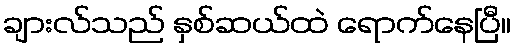
ချားလ်သည် နှစ်ဆယ်ထဲ ရောက်နေပြီ။